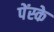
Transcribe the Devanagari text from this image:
पेंस्के